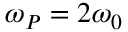
\omega _ { P } = 2 \omega _ { 0 }